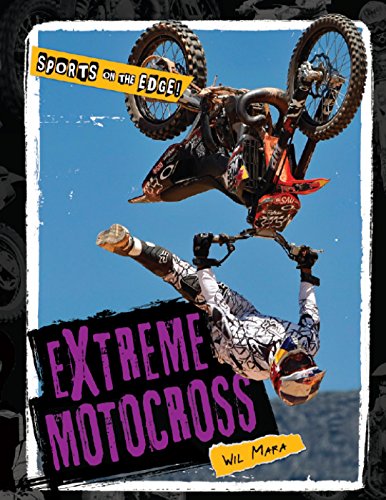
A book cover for Extreme Motocross (Sports on the Edge!); Wil Mara; Teen & Young Adult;